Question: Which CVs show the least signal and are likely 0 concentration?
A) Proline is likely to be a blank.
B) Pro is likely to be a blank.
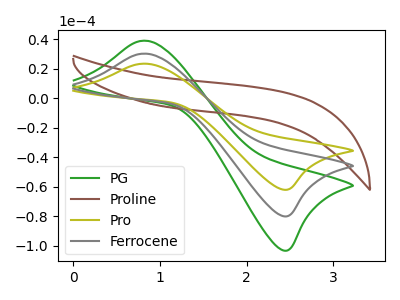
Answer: <think>The green curve "PG" has an anodic peak at (0.85V, 60.40uA) and a cathodic peak at (2.45V, -159.85uA). The brown curve "Proline" has no peaks. The olive curve "Pro" has an anodic peak at (0.85V, 23.40uA) and a cathodic peak at (2.45V, -61.95uA). The gray curve "Ferrocene" has an anodic peak at (0.85V, 30.20uA) and a cathodic peak at (2.45V, -79.90uA).</think>
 <answer>A) "Proline" is likely to be a blank.</answer>
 <eval>A</eval>